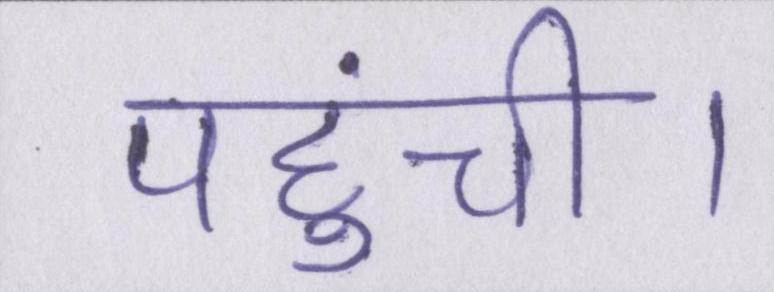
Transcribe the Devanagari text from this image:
पहुंची।